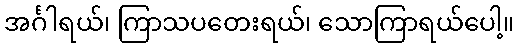
အင်္ဂါရယ်၊ ကြာသပတေးရယ်၊ သောကြာရယ်ပေါ့။